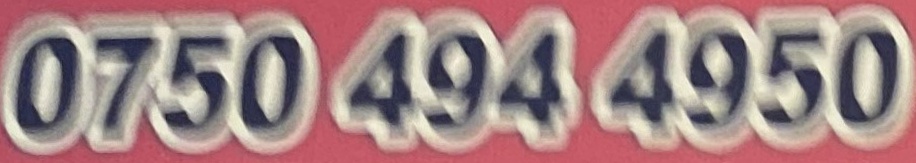
0750 494 4950